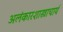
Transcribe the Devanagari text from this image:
अलंकारशास्त्राचार्य